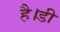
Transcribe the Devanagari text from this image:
है।डी